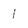
Character: j